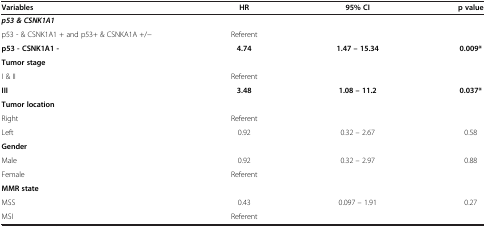
<table><thead><tr><td><b>Variables</b></td><td><b>HR</b></td><td><b>95% CI</b></td><td><b>p value</b></td></tr></thead><tbody><tr><td><b><i>p53 &amp; CSNK1A1</i></b></td><td> </td><td> </td><td> </td></tr><tr><td>p53 - &amp; CSNK1A1 + and p53+ &amp; CSNKA1A +/−</td><td>Referent</td><td> </td><td> </td></tr><tr><td><b>p53 - CSNK1A1 -</b></td><td><b>4.74</b></td><td><b>1.47 – 15.34</b></td><td><b>0.009*</b></td></tr><tr><td><b>Tumor stage</b></td><td> </td><td> </td><td> </td></tr><tr><td>I &amp; II</td><td>Referent</td><td> </td><td> </td></tr><tr><td><b>III</b></td><td><b>3.48</b></td><td><b>1.08 – 11.2</b></td><td><b>0.037*</b></td></tr><tr><td><b>Tumor location</b></td><td> </td><td> </td><td> </td></tr><tr><td>Right</td><td>Referent</td><td> </td><td> </td></tr><tr><td>Left</td><td>0.92</td><td>0.32 – 2.67</td><td>0.58</td></tr><tr><td><b>Gender</b></td><td> </td><td> </td><td> </td></tr><tr><td>Male</td><td>0.92</td><td>0.32 – 2.97</td><td>0.88</td></tr><tr><td>Female</td><td>Referent</td><td> </td><td> </td></tr><tr><td><b>MMR state</b></td><td> </td><td> </td><td> </td></tr><tr><td>MSS</td><td>0.43</td><td>0.097 – 1.91</td><td>0.27</td></tr><tr><td>MSI</td><td>Referent</td><td> </td><td> </td></tr></tbody></table>